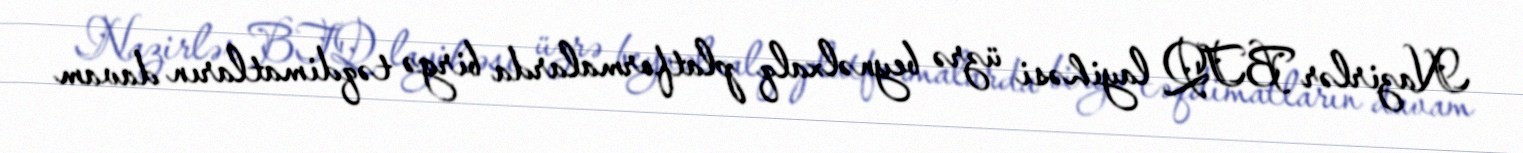
Nazirlər BTQ layihəsi üzrə beynəlxalq platformalarda birgə təqdimatların davam